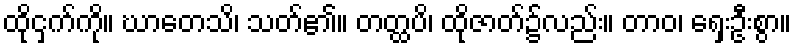
ထိုငှက်ကို။ ဃာတေသိ၊ သတ်၏။ တတ္ထပိ၊ ထိုဇာတ်၌လည်း။ တာဝ၊ ရှေးဦးစွာ။